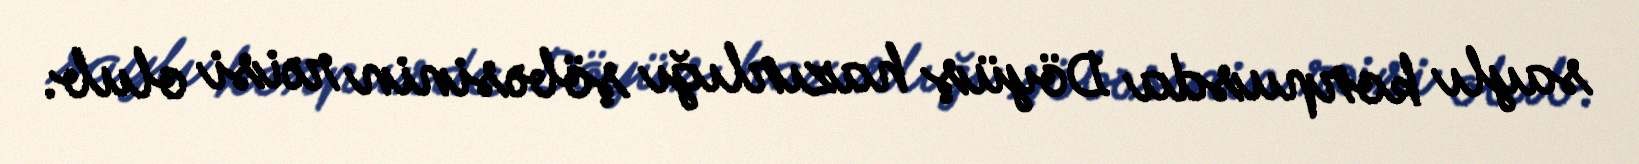
saylı korpusda Döyüş hazırlığı şöbəsinin rəisi olub.